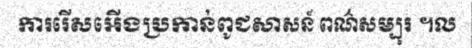
ការរើសអើងប្រកាន់ពូជសាសន៍ ពណ៌សម្បុរ ។ល